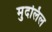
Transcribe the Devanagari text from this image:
मुदलिल